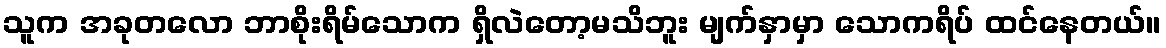
သူက အခုတလော ဘာစိုးရိမ်သောက ရှိလဲတော့မသိဘူး မျက်နှာမှာ သောကရိပ် ထင်နေတယ်။